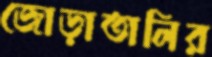
জোড়াতালির